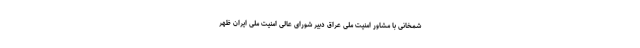
شمخانی با مشاور امنیت ملی عراق دبیر شورای عالی امنیت ملی ایران ظهر